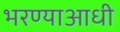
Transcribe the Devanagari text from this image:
भरण्याआधी